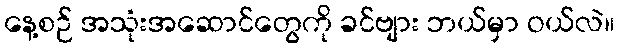
နေ့စဉ် အသုံးအဆောင်တွေကို ခင်ဗျား ဘယ်မှာ ဝယ်လဲ။